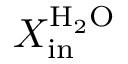
X _ { \mathrm { i n } } ^ { \mathrm { H _ { 2 } O } }